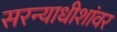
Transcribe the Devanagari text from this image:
सरन्याधीशांवर